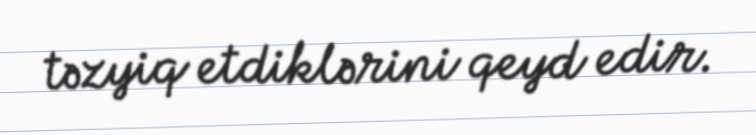
təzyiq etdiklərini qeyd edir.